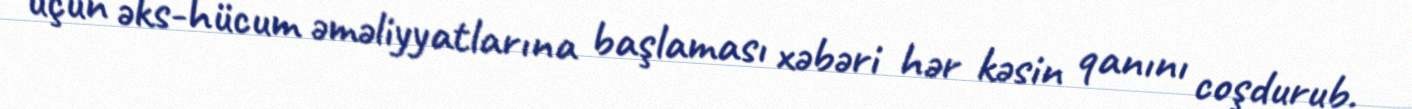
üçün əks-hücum əməliyyatlarına başlaması xəbəri hər kəsin qanını coşdurub.